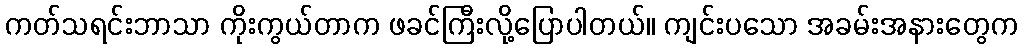
ကတ်သရင်းဘာသာ ကိုးကွယ်တာက ဖခင်ကြီးလို့ပြောပါတယ်။ ကျင်းပသော အခမ်းအနားတွေက